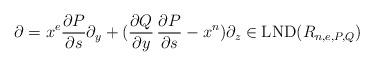
LaTeX: \begin{align*}\partial=x^{e}\frac{\partial P}{\partial s}\partial_{y}+(\frac{\partial Q}{\partial y}\,\frac{\partial P}{\partial s}-x^{n})\partial_{z}\in\mathrm{LND}(R_{n,e,P,Q})\end{align*}